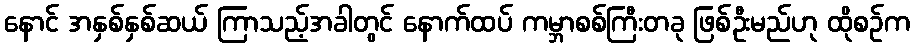
နောင် အနှစ်နှစ်ဆယ် ကြာသည့်အခါတွင် နောက်ထပ် ကမ္ဘာစစ်ကြီးတခု ဖြစ်ဦးမည်ဟု ထိုစဉ်က